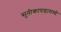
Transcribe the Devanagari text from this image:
सुतीकापडामध्ये